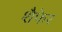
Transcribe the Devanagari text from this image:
शैफेर